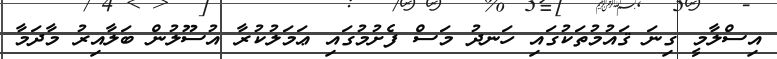
އިސްލާމީ ގިނަ ޤައުމުތަކުގައި ހަނދު މަސް ފެށުމުގައި ޢަމަލުކުރާ އުސޫލުން ބަލާއިރު މާދަމާ